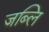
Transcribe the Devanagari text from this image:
जब्लि